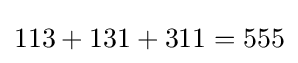
113+131+311=555